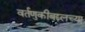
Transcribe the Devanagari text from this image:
वर्तणुकीबद्दलच्या